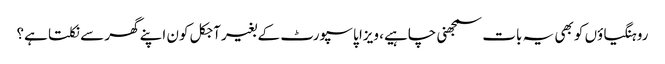
روہنگیاؤں کو بھی یہ بات سمجھنی چاہیے، ویزا پاسپورٹ کے بغیر آجکل کون اپنے گھر سے نکلتا ہے؟